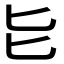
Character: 𫧇